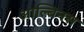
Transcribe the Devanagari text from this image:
आल्बिनस